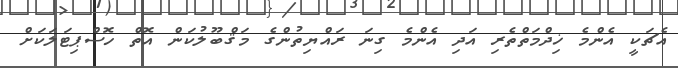
އެޗަކީ އެންމެ ޚިދްމަތްތެރި އަދި އެންމެ ގިނަ ރައްޔިތުންގެ މަޤްބޫލުކަން އޮތް ހޮސްޕިޓަލަކަށް